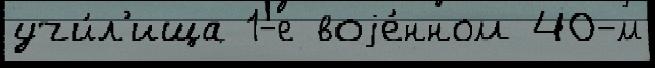
учи́л'ища 1-е воjе́нном 40-м